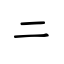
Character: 二